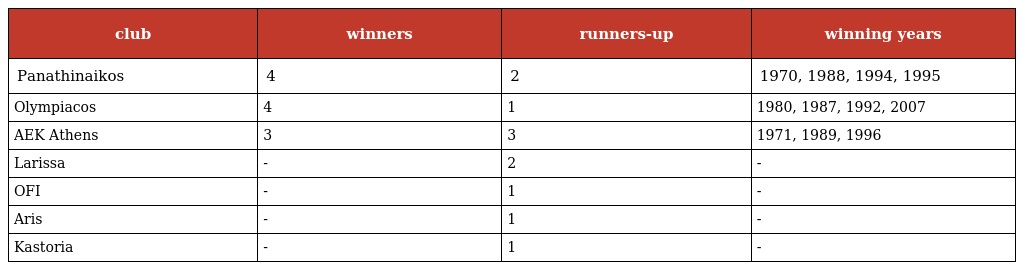
| club | winners | runners-up | winning years |
 | --- | --- | --- | --- |
 | Panathinaikos | 4 | 2 | 1970, 1988, 1994, 1995 |
 | Olympiacos | 4 | 1 | 1980, 1987, 1992, 2007 |
 | AEK Athens | 3 | 3 | 1971, 1989, 1996 |
 | Larissa | - | 2 | - |
 | OFI | - | 1 | - |
 | Aris | - | 1 | - |
 | Kastoria | - | 1 | - |